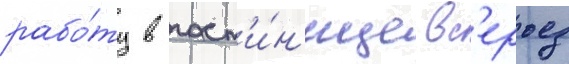
рабо́ту в гост'и́н'ице вс'ерьез